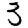
Digit: 3